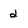
Character: d